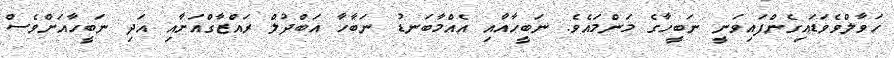
ހަވާލްވެވަޑައިގެންފައިވަނީ ނަބީހާގެ މަންމައެވެ. ނަބީހާއާއި އެއްމާބަނޑު ނަބާހާ އަބްދުލް ރައްޒާގްއަށާއި އަދި ނަބީހާއަށްވެސް